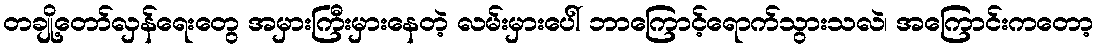
တချို့တော်လှန်ရေးတွေ အမှားကြီးမှားနေတဲ့ လမ်းမှားပေါ် ဘာကြောင့်ရောက်သွားသလဲ၊ အကြောင်းကတော့